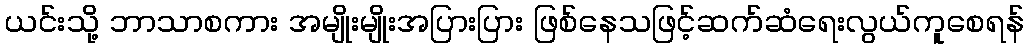
ယင်းသို့ ဘာသာစကား အမျိုးမျိုးအပြားပြား ဖြစ်နေသဖြင့်ဆက်ဆံရေးလွယ်ကူစေရန်